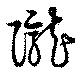
隴